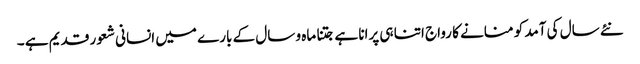
نئے سال کی آمد کو منانے کا رواج اتنا ہی پرانا ہے جتنا ماہ و سال کے بارے میں انسانی شعور قدیم ہے ۔